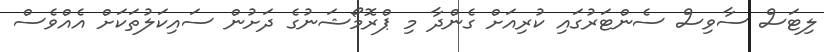
ލިޓަސް ސާވިސް ސެންޓަރުގައި ކުރިއަށް ގެންދާ މި ޕްރޮމޯޝަނުގެ ދަށުން ސައިކަލުތަކަށް އެއްވެސް